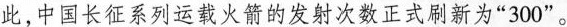
此，中国长征系列运载火箭的发射次数正式刷新为“300 ”。